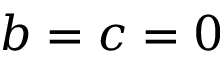
b = c = 0